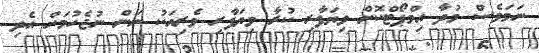
ނަމަވެސް މުދާ އިމްޕޯޓްކޮށް ވިޔަފާރި ކުރާ ވިޔަފާރި ވެރިއަކު ނަން ނުޖެހުމަށް އެދި